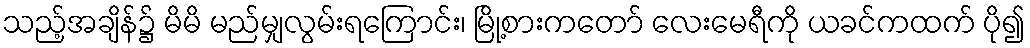
သည့်အချိန်၌ မိမိ မည်မျှလွမ်းရကြောင်း၊ မြို့စားကတော် လေးမေရီကို ယခင်ကထက် ပို၍